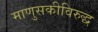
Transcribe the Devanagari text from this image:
माणुसकीविरुद्ध